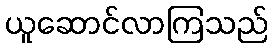
ယူဆောင်လာကြသည်